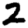
Digit: 2